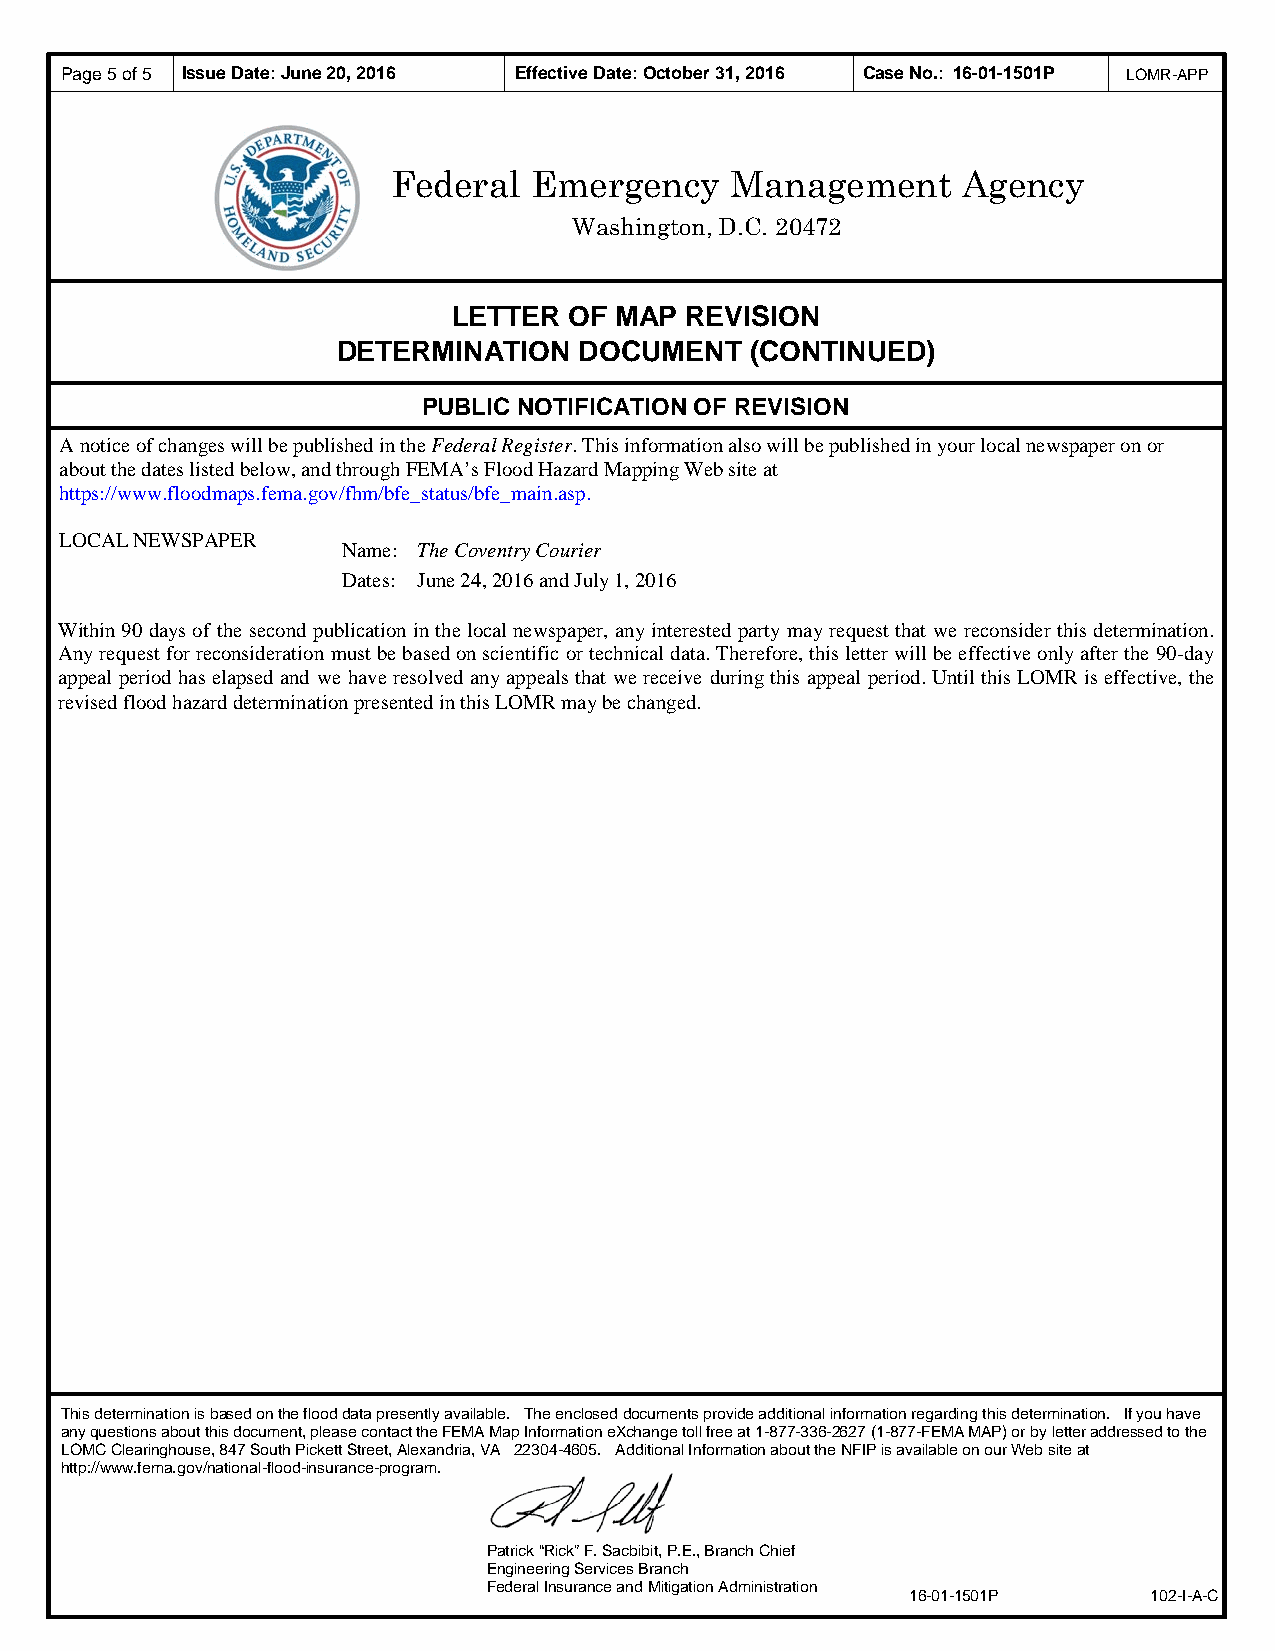
Page 5 of 5 Issue Date: June 20, 2016 Effective Date: October 31, 2016 Case No.: 1 6-01-1501P LOMR-APP
 Federal  Emergency    Management      Agency
 Washington, D.C. 20472
 LETTER  OF MAP REVISION
 DETERMINATION   DOCUMENT    (CONTINUED)
 PUBLIC NOTIFICATION OF REVISION
 A notice of changes will be published in the Federal Register. This information also will be published in your local newspaper on or
 about the dates listed below, and through FEMA’s Flood Hazard Mapping Web site at
 https://www.floodmaps.fema.gov/fhm/bfe_status/bfe_main.asp.
 LOCAL NEWSPAPER
 Name: The Coventry Courier
 Dates: June 24, 2016 and July 1, 2016
 Within 90 days of the second publication in the local newspaper, any interested party may request that we reconsider this determination.
 Any request for reconsideration must be based on scientific or technical data. Therefore, this letter will be effective only after the 90-day
 appeal period has elapsed and we have resolved any appeals that we receive during this appeal period. Until this LOMR is effective, the
 revised flood hazard determination presented in this LOMR may be changed.
 This determination is based on the flood data presently available. The enclosed documents provide additional information regarding this determination. If you have
 any questions about this document, please contact the FEMA Map Information eXchange toll free at 1-877-336-2627 (1-877-FEMA MAP) or by letter addressed to the
 LOMC Clearinghouse, 847 South Pickett Street, Alexandria, VA 22304-4605. Additional Information about the NFIP is available on our Web site at
 http://www.fema.gov/national-flood-insurance-program.
 Patrick “Rick” F. Sacbibit, P.E., Branch Chief
 Engineering Services Branch
 Federal Insurance and Mitigation Administration
 16-01-1501P     102-I-A-C